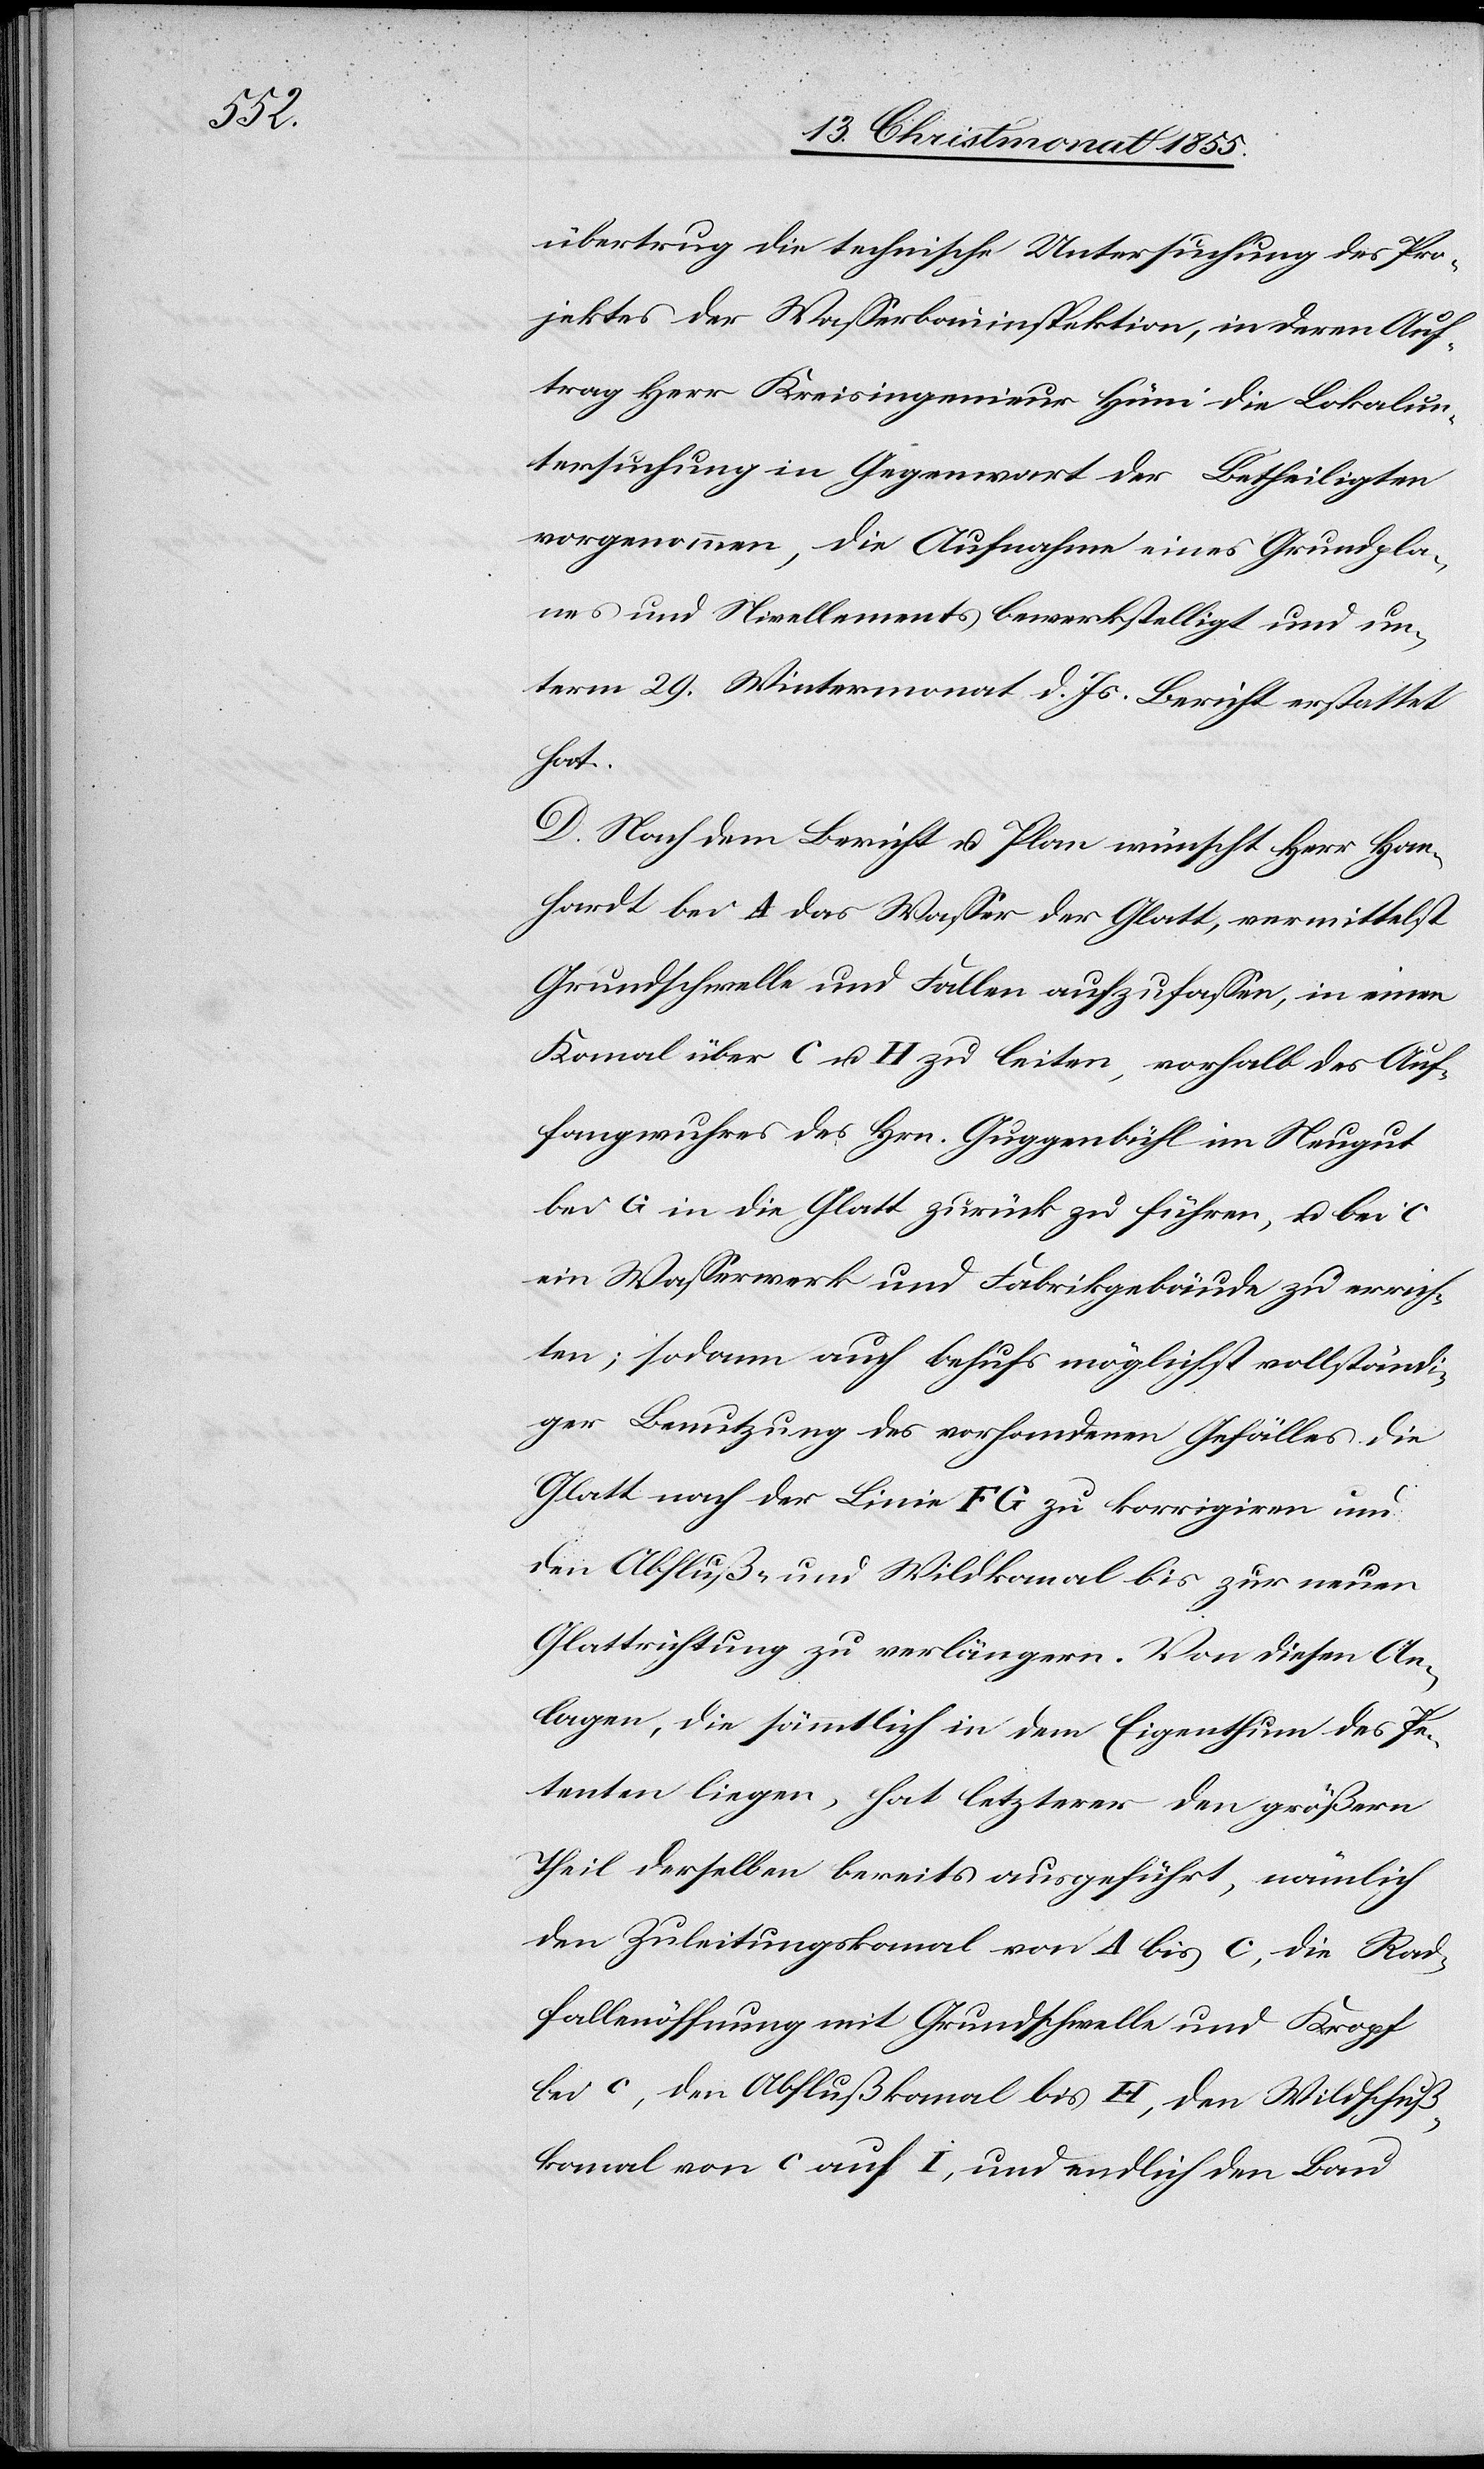
übertrug die technische Untersuchung des Pro¬
jektes der Wasserbauinspektion, in deren Auf¬
trag Herr Kreisingenieur Hüni die Lokalun¬
tersuchung in Gegenwart der Betheiligten
vorgenommen, die Aufnahme eines Grundpla¬
nes und Nivellements bewerkstelligt und un¬
term 29. Wintermonat d. Js. Bericht erstattet
hat.
D. Nach dem Berichte u. Plan wünscht Herr Han¬
hardt bei A das Wasser der Glatt, vermittelst
Grundschwelle und Fallen aufzufassen, in einen
Kanal über C u. H zu leiten, vorhalb des Auf¬
fangwuhres des Hrn. Guggenbühl im Neugut
bei G in die Glatt zurück zu führen, u. bei C
ein Wasserwerk und Fabrikgebäude zu errich¬
ten; sodann auch behufs möglichst vollständi¬
ger Benutzung des vorhandenen Gefälles die
Glatt nach der Linie F G zu korrigiren und
den Abfluß- und Wildkanal bis zur neuen
Glattrichtung zu verlängern. Von diesen An¬
lagen, die sämmtlich in dem Eigenthum des Pe¬
tenten liegen, hat letzterer den größern
Theil derselben bereits ausgeführt, nämlich
den Zuleitungskanal von A bis C, die Rad¬
fallenöffnung mit Grundschwelle und Kropf
bei c, den Abflußkanal bis H, den Wildschuß¬
kanal von c auf i, und endlich den Bau